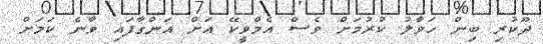
ދޫކުރި ބިން ހަވާލު ކުރުމަށް ވެސް އެމްވީކޭ އަށް އަންގާފައި ވާނެ ކަމަށް